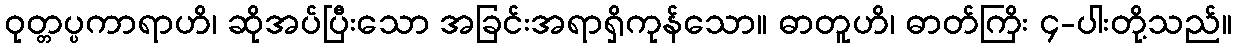
ဝုတ္တပ္ပကာရာဟိ၊ ဆိုအပ်ပြီးသော အခြင်းအရာရှိကုန်သော။ ဓာတူဟိ၊ ဓာတ်ကြိး ၄-ပါးတို့သည်။